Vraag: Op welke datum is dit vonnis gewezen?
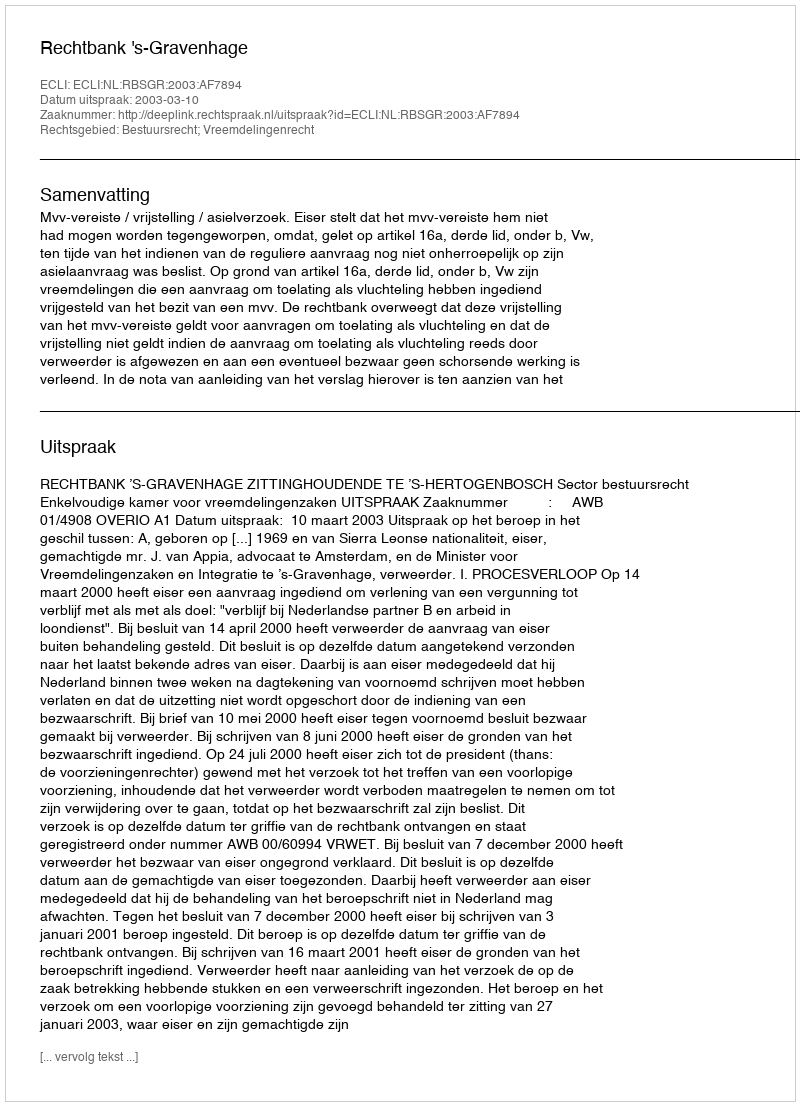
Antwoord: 2003-03-10